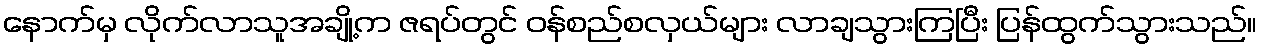
နောက်မှ လိုက်လာသူအချို့က ဇရပ်တွင် ဝန်စည်စလှယ်များ လာချသွားကြပြီး ပြန်ထွက်သွားသည်။